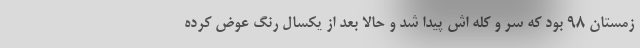
زمستان ٩٨ بود که سر و کله اش پیدا شد و حالا بعد از یکسال رنگ عوض کرده